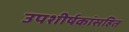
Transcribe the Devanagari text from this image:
उपशीर्षकांसहित